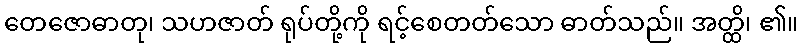
တေဇောဓာတု၊ သဟဇာတ် ရုပ်တို့ကို ရင့်စေတတ်သော ဓာတ်သည်။ အတ္ထိ၊ ၏။